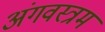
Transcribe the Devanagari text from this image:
अंगवस्त्रम